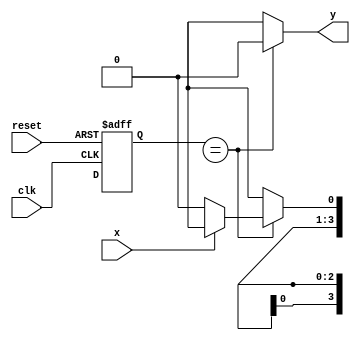
/*
 * Mealy_x000 - MEALY
 * Nome Gabriel Vargas Bento de Souza
 */

/*
 -----------------
 --- Mealy FSM ---
 -----------------
*/

// constant definitions
`define found    1
`define notfound 0

// FSM by Mealy
module mealy_x000 ( y, x, clk, reset );
   output y;
   input  x;
   input  clk;
   input  reset;

   reg    y;

   parameter          // state identifiers
     start = 4'bxxxx,
     id0   = 4'bxxx0,
     id00  = 4'bxx00,
     id000 = 4'bx000;

     reg [3:0] E1;    // current state variables
     reg [3:0] E2;    // next state logic output
     
   // next state logic
   always @( x or E1 )
     begin
        y = `notfound;
        case ( E1 )
          start:
            if ( x )
              E2 = start;
            else
              E2 = id0;
          id0:
            if ( x )
              E2 = start;
            else
              E2 = id00;
          id00:
            if ( x )
              E2 = start;
            else
              E2 = id000;
          id000:
            if ( x )
              begin
                E2 = start;
                y  = `found;
              end
            else
              begin
                E2 = id000;
                y  = `found;
              end

          default:     // undefined state
            E2 = 4'bxxxx;
        endcase
     end  // always at signal or state changing

   // state variables
   always @( posedge clk or negedge reset )
     begin
        if ( reset )
          E1 = E2;  // updates current state
        else
          E1 = 0;   // reset
     end // always at signal changing

endmodule // Mealy_x000